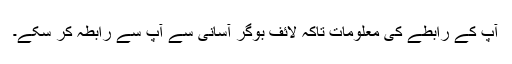
آپ کے رابطے کی معلومات تاکہ لائف بوگر آسانی سے آپ سے رابطہ کر سکے۔